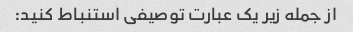
از جمله زیر یک عبارت توصیفی استنباط کنید: